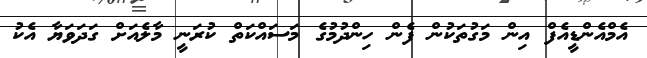
އެމްއެންޑީއެފް އިން މަގުތަކުން ފެން ހިންދުމުގެ މަސައްކަތް ކުރަނީ މާލެއަށް ގަދަވަޔާ އެކު